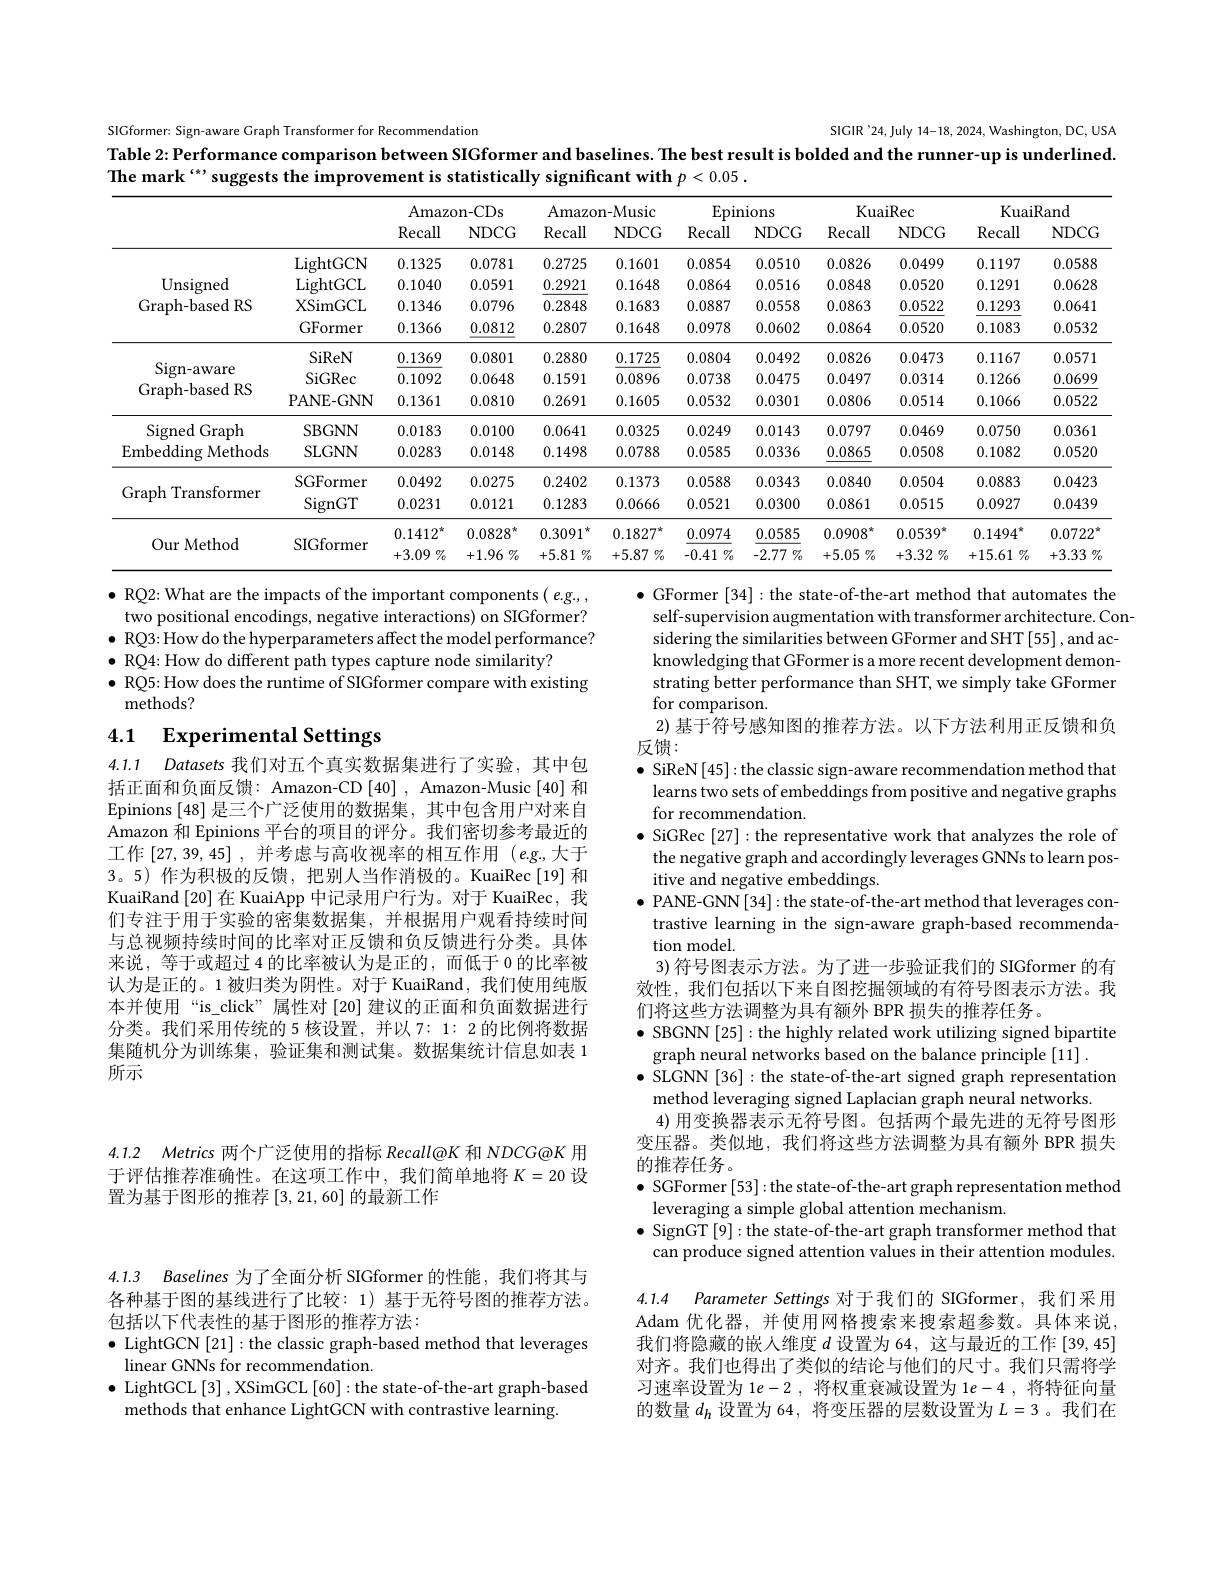
SIGformer: Sign-aware Graph Transformer for Recommendatior
SIGIR '24, July 14-18, 2024, Washington, DC, USA
Table 2:Performance comparison between SIGformer and baselines. The best result is bolded and the runner-up is underlined.
The mark “suggests the improvement is statistically significant with $p<0.05.$

<table>
	<tbody>
		<tr>
			<th> </th>
			<th> </th>
			<th colspan="2">Amazon-CDs</th>
			<th colspan="2">Amazon-Music</th>
			<th colspan="2">Epinions</th>
			<th colspan="2">KuaiRec</th>
			<th colspan="2">KuaiRand</th>
		</tr>
		<tr>
			<th> </th>
			<th> </th>
			<th>Recall</th>
			<th>NDCG</th>
			<th>Recall</th>
			<th>$NDCG$</th>
			<th>Recall</th>
			<th>NDCG</th>
			<th>Recall</th>
			<th>$NDCG$</th>
			<th>Recall</th>
			<th>NDCG</th>
		</tr>
		<tr>
			<td rowspan="4">Unsigned Graph-based RS</td>
			<td>LightGCN</td>
			<td>0.1325</td>
			<td>0.0781</td>
			<td>0.2725</td>
			<td>0.1601</td>
			<td>0.0854</td>
			<td>0.0510</td>
			<td>0.0826</td>
			<td>0.0499</td>
			<td>0.1197</td>
			<td>0.0588</td>
		</tr>
		<tr>
			<td>LightGCL</td>
			<td>0.1040</td>
			<td>0.0591</td>
			<td>0.2921</td>
			<td>0.1648</td>
			<td>0.0864</td>
			<td>0.0516</td>
			<td>0.0848</td>
			<td>0.0520</td>
			<td>0.1291</td>
			<td>0.0628</td>
		</tr>
		<tr>
			<td>XSimGCL</td>
			<td>0.1346</td>
			<td>0.0796</td>
			<td>0.2848</td>
			<td>0.1683</td>
			<td>0.0887</td>
			<td>0.0558</td>
			<td>0.0863</td>
			<td>0.0522</td>
			<td>0.1293</td>
			<td>0.0641</td>
		</tr>
		<tr>
			<td>GFormer</td>
			<td>0.1366</td>
			<td>0.0812</td>
			<td>0.2807</td>
			<td>0.1648</td>
			<td>0.0978</td>
			<td>0.0602</td>
			<td>0.0864</td>
			<td>0.0520</td>
			<td>0.1083</td>
			<td>0.0532</td>
		</tr>
		<tr>
			<td rowspan="3">Sign-aware Graph-based RS</td>
			<td>SiReN</td>
			<td>0.1369</td>
			<td>0.0801</td>
			<td>0.2880</td>
			<td>0.1725</td>
			<td>0.0804</td>
			<td>0.0492</td>
			<td>0.0826</td>
			<td>0.0473</td>
			<td>0.1167</td>
			<td>0.0571</td>
		</tr>
		<tr>
			<td>SiGRec</td>
			<td>0.1092</td>
			<td>0.0648</td>
			<td>0.1591</td>
			<td>0.0896</td>
			<td>0.0738</td>
			<td>0.0475</td>
			<td>0.0497</td>
			<td>0.0314</td>
			<td>0.1266</td>
			<td>0.0699</td>
		</tr>
		<tr>
			<td>PANE- GNN</td>
			<td>0.1361</td>
			<td>0.0810</td>
			<td>0.2691</td>
			<td>0.1605</td>
			<td>0.0532</td>
			<td>0.0301</td>
			<td>0.0806</td>
			<td>0.0514</td>
			<td>0.1066</td>
			<td>0.0522</td>
		</tr>
		<tr>
			<td rowspan="2">Signed Graph Embedding Methods</td>
			<td>SBGNN</td>
			<td>0.0183</td>
			<td>0.0100</td>
			<td>0.0641</td>
			<td>0.0325</td>
			<td>0.0249</td>
			<td>0.0143</td>
			<td>0.0797</td>
			<td>0.0469</td>
			<td>0.0750</td>
			<td>0.0361</td>
		</tr>
		<tr>
			<td>SLGNN</td>
			<td>0.0283</td>
			<td>0.0148</td>
			<td>0.1498</td>
			<td>0.0788</td>
			<td>0.0585</td>
			<td>0.0336</td>
			<td>0.0865</td>
			<td>0.0508</td>
			<td>0.1082</td>
			<td>0.0520</td>
		</tr>
		<tr>
			<td rowspan="2">Graph Transformer</td>
			<td>SGFormer</td>
			<td>0.0492</td>
			<td>0.0275</td>
			<td>0.2402</td>
			<td>0.1373</td>
			<td>0.0588</td>
			<td>0.0343</td>
			<td>0.0840</td>
			<td>0.0504</td>
			<td>0.0883</td>
			<td>0.0423</td>
		</tr>
		<tr>
			<td>$\operatorname{SignGT}$</td>
			<td>0.0231</td>
			<td>0.0121</td>
			<td>0.1283</td>
			<td>0.0666</td>
			<td>0.0521</td>
			<td>0.0300</td>
			<td>0.0861</td>
			<td>0.0515</td>
			<td>0.0927</td>
			<td>0.0439</td>
		</tr>
		<tr>
			<td rowspan="2">Our Method</td>
			<td> </td>
			<td>$0.1412^{\star}$</td>
			<td>$0.0828^{\star}$</td>
			<td>0.3091 </td>
			<td>$0.1827^{*}$</td>
			<td>0.0974</td>
			<td>0.0585</td>
			<td>$0.0908^{*}$</td>
			<td>$0.0539^{*}$</td>
			<td>$0.1494^{*}$</td>
			<td>0.0722</td>
		</tr>
		<tr>
			<td>SIUOTIIE</td>
			<td>+3.09 $\%$</td>
			<td>+1.96 $\%$</td>
			<td>$+5.81\%$</td>
			<td>$+5.87\%$</td>
			<td>$-0.41\%$</td>
			<td>-2.77 $\%$</td>
			<td>$+5.05\%$</td>
			<td>$+3.32\%$</td>
			<td>$+15.61\%$</td>
			<td>$\cdot 3. 33$ $\%$ + 、</td>
		</tr>
	</tbody>
</table>

$\bullet$ RQ2: What are the impacts of the important components( e.g.,
two positional encodings, negative interactions) on SIGformer? $\bullet$ RQ3: How do the hyperparameters affect the model performance? $\bullet$ RQ4: How do different path types capture node similarity?
$\bullet$ RQ5: How does the runtime of SIGformer compare with existing
$\tilde{\text{methods?}}$

## 4.1 $\textbf{Experimental Settings}$

4.1.1 Datasets 我们对五个真实数据集进行了实验，其中包括正面和负面反馈：Amazon-CD [40], Amazon-Music [40] 和Epinions [48] 是三个广泛使用的数据集，其中包含用户对来自Amazon 和 Epinions 平台的项目的评分。我们密切参考最近的工作[27,39,45],并考虑与高收视率的相互作用(e.g.,大于3。5) 作为积极的反馈，把别人当作消极的。KuaiRec[19]和KuaiRand [20]在 KuaiApp 中记录用户行为。对于 KuaiRec, 我们专注于用于实验的密集数据集，并根据用户观看持续时间与总视频持续时间的比率对正反馈和负反馈进行分类。具体来说，等于或超过 4 的比率被认为是正的 ,而低于 0 的比率被认为是正的。1 被归类为阴性。对于 KuaiRand,我们使用纯版本并使用“is\_click”属性对[20] 建议的正面和负面数据进行分类。我们采用传统的 5 核设置，并以7：1:2的比例将数据集随机分为训练集，验证集和测试集。数据集统计信息如表 1所示

$\bullet$ GFormer [34]: the state-of-the-art method that automates the
self-supervision augmentation with transformer architecture. Considering the similarities between GFormer and SHT [55] , and acknowledging that GFormer is a more recent development demonstrating better performance than SHT, we simply take GFormer for comparison.
2) 基于符号感知图的推荐方法。以下方法利用正反馈和负
反馈：
$\bullet$ SiReN[45]:the classic sign-aware recommendation method that
learns two sets of embeddings from positive and negative graphs
for recommendation.
$\bullet$ SiGRec [27]:the representative work that analyzes the role of the negative graph and accordingly leverages GNNs to learn positive and negative embeddings.
$\bullet$ PANE-GNN[34]:the state-of-the-art method that leverages contrastive learning in the sign-aware graph-based recommendation model.
3)符号图表示方法。为了进一步验证我们的 SIGformer 的有效性，我们包括以下来自图挖掘领域的有符号图表示方法。我们将这些方法调整为具有额外 BPR 损失的推荐任务。
$\bullet$ SBGNN [25]: the highly related work utilizing signed bipartite
graph neural networks based on the balance principle [11].
$\bullet$ SLGNN [36]: the state-of-the-art signed graph representation
method leveraging signed Laplacian graph neural networks.
4)用变换器表示无符号图。包括两个最先进的无符号图形变压器。类似地，我们将这些方法调整为具有额外 BPR 损失的推荐任务。
$\bullet$ SGFormer[53]:the state-of-the-art graph representation method
leveraging a simple global attention mechanism.
$\bullet$ SignGT[9]:the state-of-the-art graph transformer method that
can produce signed attention values in their attention modules. 4.1.4 Parameter Settings 对于我们的 SIGformer,我们采用Adam 优化器，并使用网格搜索来搜索超参数。具体来说， 我们将隐藏的嵌人维度$d$设置为 64, 这与最近的工作 [39,45]

对齐。我们也得出了类似的结论与他们的尺寸。我们只需将学习速率设置为 1$e-2$,将权重衰减设置为$1e-4$,将特征向量的数量$d_h$设置为 64, 将变压器的层数设置为$L=3$ 。我们在

4.1.2 Metrics 两个广泛使用的指标 Recall@K 和 NDCG@K 用

于评估推荐准确性。在这项工作中，我们简单地将$K=20$设
置为基于图形的推荐$\left[3,21,60\right]$的最新工作

4.1.3 Baselines 为了全面分析 SIGformer 的性能，我们将其与

各种基于图的基线进行了比较：1)基于无符号图的推荐方法。
包括以下代表性的基于图形的推荐方法：
$\bullet$ LightGCN [21]: the classic graph-based method that leverages
linear GNNs for recommendation.
$\bullet$ LightGCL[3] , XSimGCL[60]: the state-of-the-art graph-based
methods that enhance LightGCN with contrastive learning.